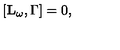
\lbrack \mathbf { L _ { \omega } } , \Gamma ] = 0 ,